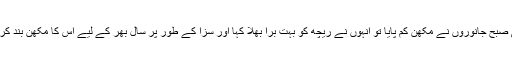
اگلی صبح جانوروں نے مکھّن کم پایا تو انہوں نے ریچھ کو بہت برا بھلا کہا اور سزا کے طور پر سال بھر کے لیے اس کا مکھّن بند کر دیا۔